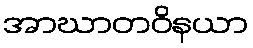
အာဃာတဝိနယာ